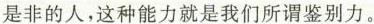
是非的人，这种能力就是我们所谓鉴别力